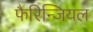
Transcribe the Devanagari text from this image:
फैरिन्जियल